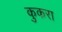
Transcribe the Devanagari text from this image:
कुकरा